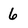
Character: 6